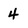
Character: 4